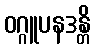
ဝဂ္ဂူပနဒန္တိ